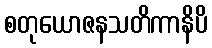
စတုယောဇနသတိကာနိပိ